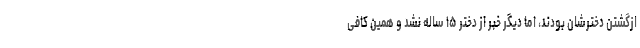
ازگشتن دخترشان بودند، اما دیگر خبر از دختر ۱۵ ساله نشد و همین کافی